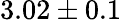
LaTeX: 3.02\pm 0.1